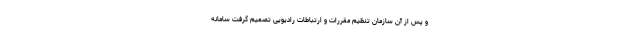
و پس از آن سازمان تنظیم مقررات و ارتباطات رادیویی تصمیم گرفت سامانه